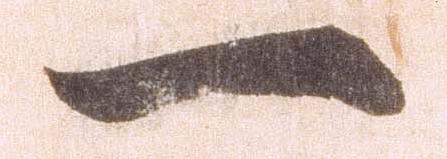
一